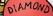
DIAMOND